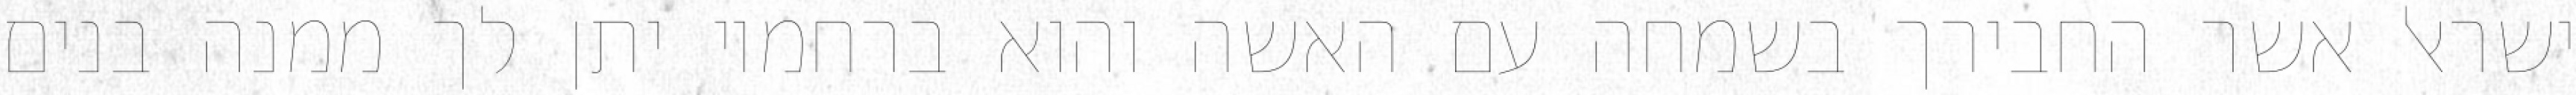
ישראל אשר החבירך בשמחה עם האשה והוא ברחמיו יתן לך ממנה בנים